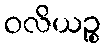
ဝလိယဉ္စ